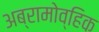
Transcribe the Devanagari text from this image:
अब्रामोव्हिक